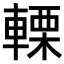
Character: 𨍫